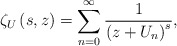
\begin{align*} \zeta _{U}\left( s,z\right) =\sum_{n=0}^{\infty }\frac{1}{\left(z+U_{n}\right) ^{s}},\end{align*}